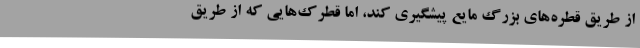
از طریقِ قطره‌های بزرگ مایع پیشگیری کند، اما قطرک‌هایی که از طریق